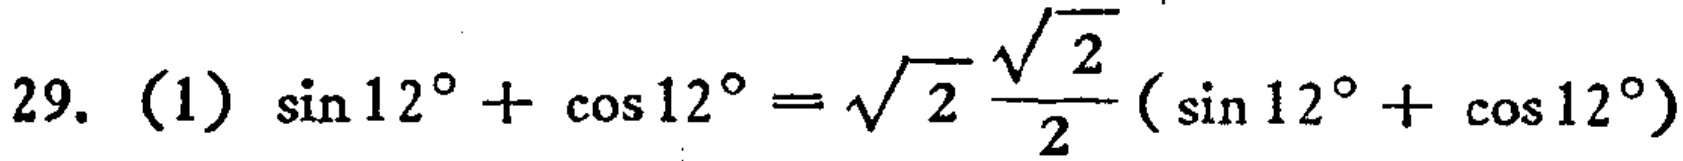
\(29. \ (1)\ \sin 12^{\circ}+\cos 12^{\circ}=\sqrt{2}\frac{\sqrt{2}}{2}(\sin 12^{\circ}+\cos 12^{\circ})\)